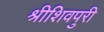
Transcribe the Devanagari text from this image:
श्रीशिवपुरी